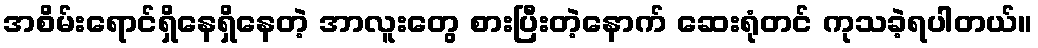
အစိမ်းရောင်ရှိနေရှိနေတဲ့ အာလူးတွေ စားပြီးတဲ့နောက် ဆေးရုံတင် ကုသခဲ့ရပါတယ်။